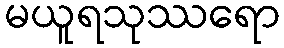
မယူရသုဿရော